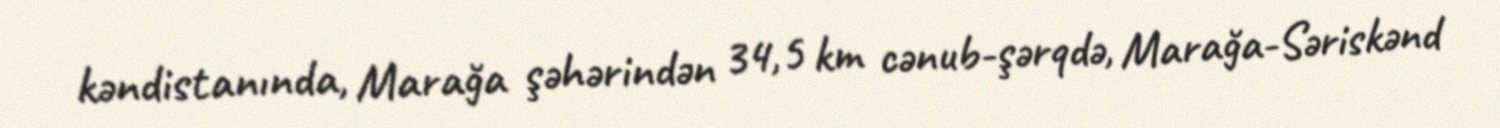
kəndistanında, Marağa şəhərindən 34,5 km cənub-şərqdə, Marağa-Səriskənd